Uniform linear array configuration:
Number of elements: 64
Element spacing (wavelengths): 0.75
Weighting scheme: exponential
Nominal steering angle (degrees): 15
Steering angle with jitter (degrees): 13.745
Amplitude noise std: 0.05
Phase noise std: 0.05

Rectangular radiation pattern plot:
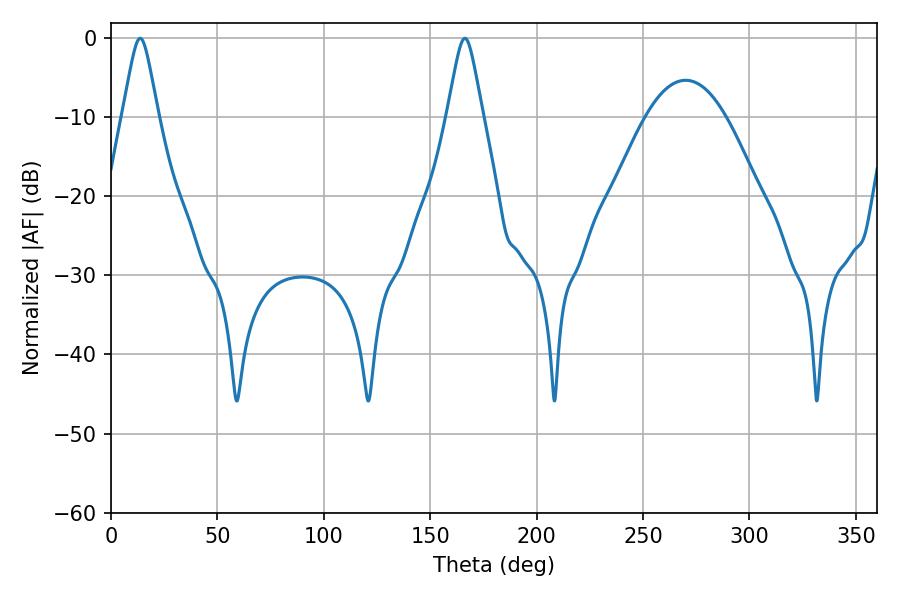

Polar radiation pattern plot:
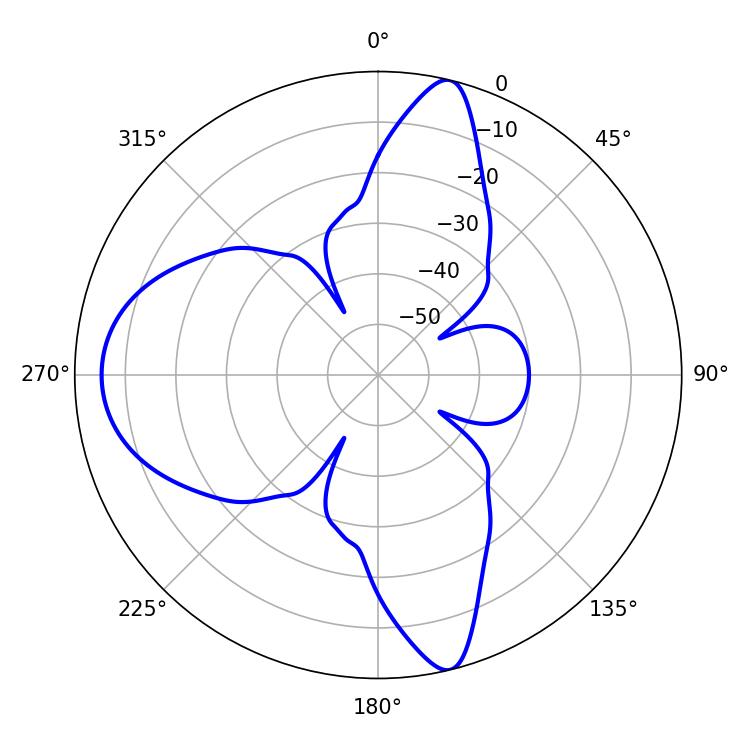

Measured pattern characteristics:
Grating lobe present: TRUE
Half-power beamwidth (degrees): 7.92
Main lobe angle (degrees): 13.68